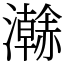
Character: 𤃬